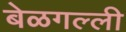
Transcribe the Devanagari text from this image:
बेळगल्ली